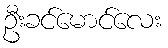
ဦးခင်မောင်လေး